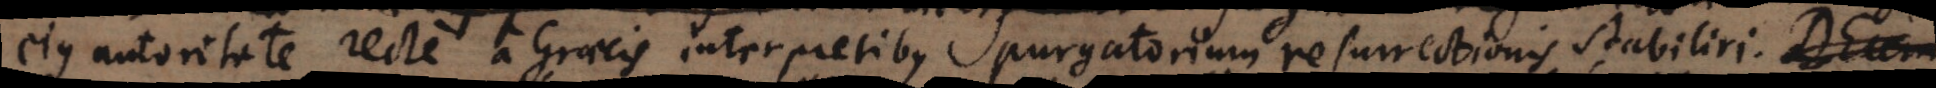
ejus autoritate recte a Graecis interpretibus purgatorium resurrectionis stabiliri. Deum,